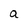
Character: a